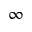
\infty